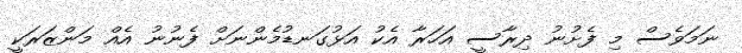
ނަމަވެސް މި ފެށުނު ދިރާސީ އަހަރާ އެކު އަޅުގަނޑުމެންނަށް ފެނުނު އެއް މަންޒަރަކީ